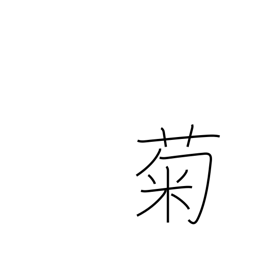
Meaning: chrysanthemum